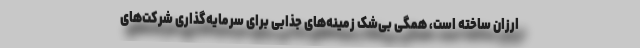
ارزان ساخته است، همگی بی‌شک زمینه‌های جذابی برای سرمایه‌گذاری شرکت‌های